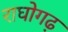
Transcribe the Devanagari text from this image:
राघोगढ़